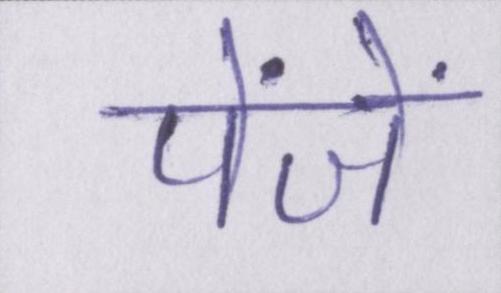
पंजें